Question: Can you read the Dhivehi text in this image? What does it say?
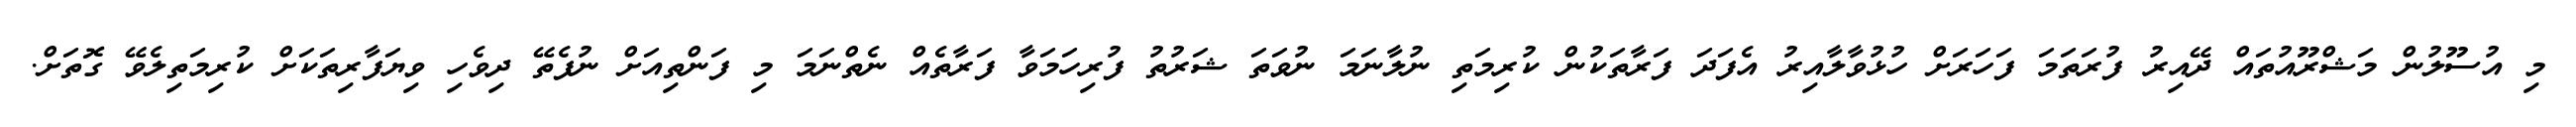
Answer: މި އުސޫލުން މަޝްރޫއުތައް ދޭއިރު ފުރަތަމަ ފަހަރަށް ހުޅުވާލާއިރު އެފަދަ ފަރާތަކުން ކުރިމަތި ނުލާނަމަ ނުވަތަ ޝަރުތު ފުރިހަމަވާ ފަރާތެއް ނެތްނަމަ މި ފަންތިއަށް ނުފެތޭ ދިވެހި ވިޔަފާރިތަކަށް ކުރިމަތިލެވޭ ގޮތަށް.